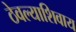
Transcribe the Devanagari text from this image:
ठेवल्याशिवाय